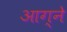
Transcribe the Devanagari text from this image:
आग्ने